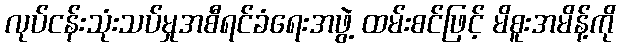
လုပ်ငန်းသုံးသပ်မှုအစီရင်ခံရေးအဖွဲ့ ထမ်းစင်ဖြင့် မိစူးအမိန့်ကို